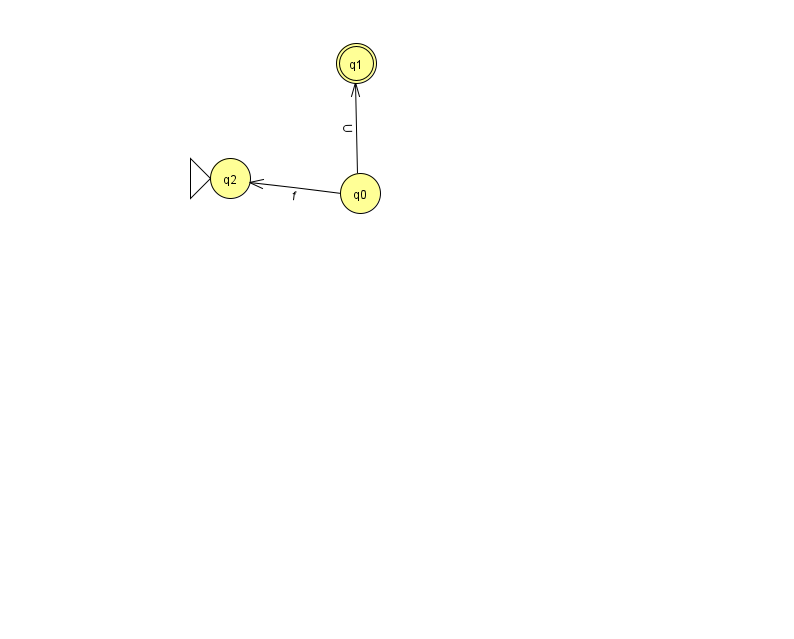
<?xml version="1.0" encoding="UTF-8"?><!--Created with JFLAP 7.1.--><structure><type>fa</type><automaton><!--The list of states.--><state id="0" name="q0"><x>360.0</x><y>180.0</y></state><state id="1" name="q1"><x>356.0</x><y>50.0</y><final/></state><state id="2" name="q2"><x>230.0</x><y>165.0</y><initial/></state><!--The list of transitions.--><transition><from>0</from><to>1</to><read>U</read></transition><transition><from>0</from><to>2</to><read>f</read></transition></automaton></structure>